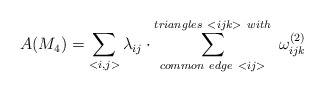
\begin{align*}A(M_{4}) =\sum_{<i,j>}\lambda_{ij}\cdot \sum^{triangles~<ijk>~with}_{common~edge~<ij>}~\omega^{(2)}_{ijk}\end{align*}